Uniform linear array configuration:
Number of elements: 16
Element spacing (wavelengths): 1
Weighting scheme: cosine
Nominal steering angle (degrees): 45
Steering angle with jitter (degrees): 46.777
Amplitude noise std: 0.05
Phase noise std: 0.05

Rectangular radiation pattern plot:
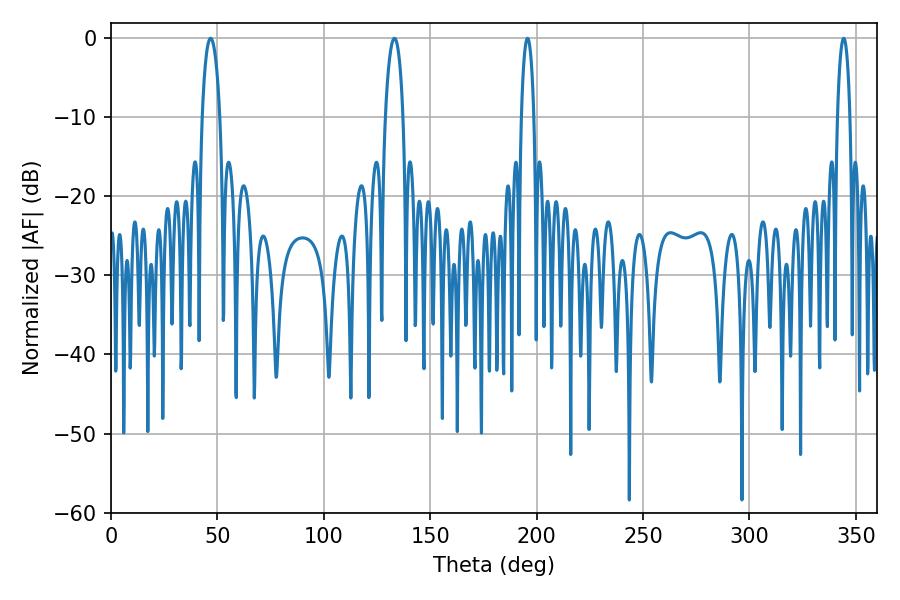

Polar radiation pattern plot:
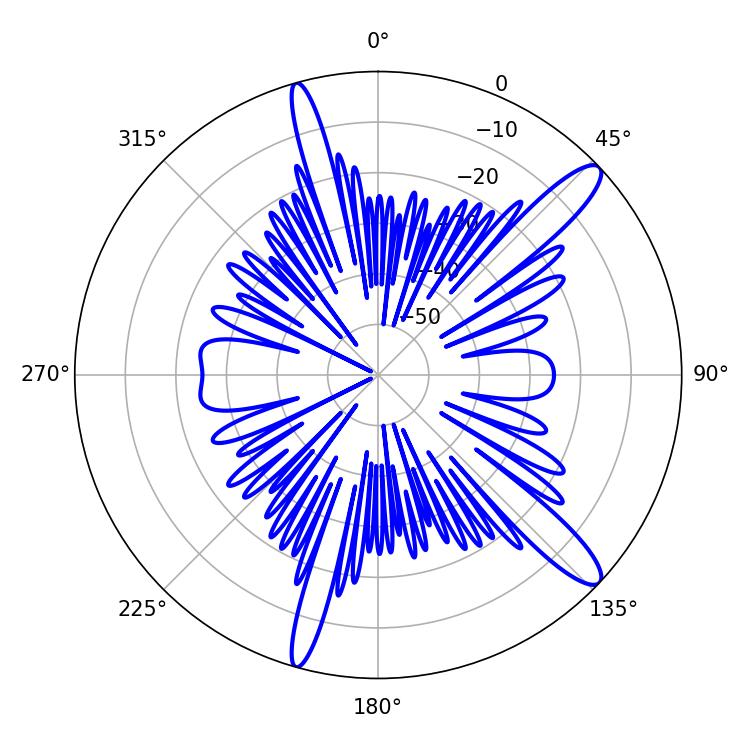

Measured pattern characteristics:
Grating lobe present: TRUE
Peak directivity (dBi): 13.142
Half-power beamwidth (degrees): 4.68
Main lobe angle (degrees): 133.2